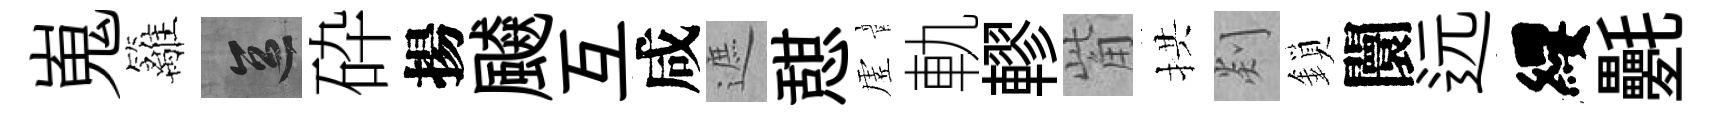
嵬籬區砕揚飇互咸遮憇虗軌轇觜拱剡鎖闤远纓氎